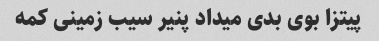
پیتزا بوی بدی میداد پنیر سیب زمینی کمه